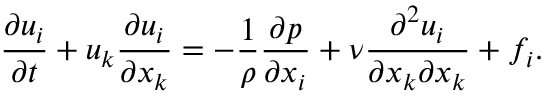
\frac { \partial u _ { i } } { \partial t } + u _ { k } \frac { \partial u _ { i } } { \partial x _ { k } } = - \frac { 1 } { \rho } \frac { \partial p } { \partial x _ { i } } + \nu \frac { \partial ^ { 2 } u _ { i } } { \partial x _ { k } \partial x _ { k } } + f _ { i } .